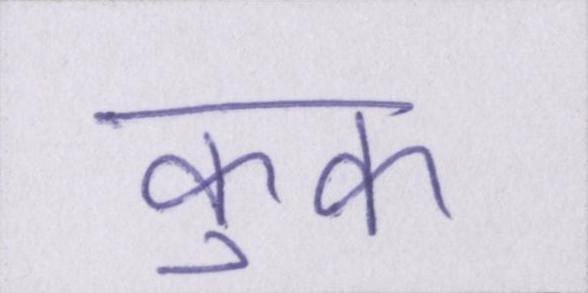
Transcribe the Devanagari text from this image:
कुक